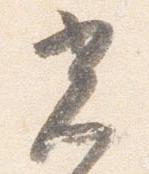
光